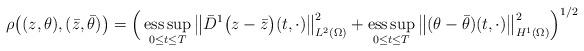
LaTeX: \begin{align*}\rho\big((z, \theta), (\bar{z}, \bar{\theta})\big) =\Big(\mathop{\operatorname{ess\,sup}}_{0 \leq t \leq T} \big\|\bar{D}^{1} \big(z - \bar{z}\big)(t, \cdot)\big\|_{L^{2}(\Omega)}^{2} +\mathop{\operatorname{ess\,sup}}_{0 \leq t \leq T} \big\|(\theta - \bar{\theta})(t, \cdot)\big\|_{H^{1}(\Omega)}^{2}\Big)^{1/2}\end{align*}